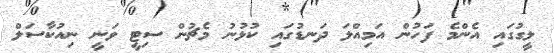
ލީގުގައި އެންމެ ފަހުން އަމިއްލަ ދަނޑުގައި ކުޅުނު މެޗުން ސިޓީ ވަނީ ނިއުކާސަލް